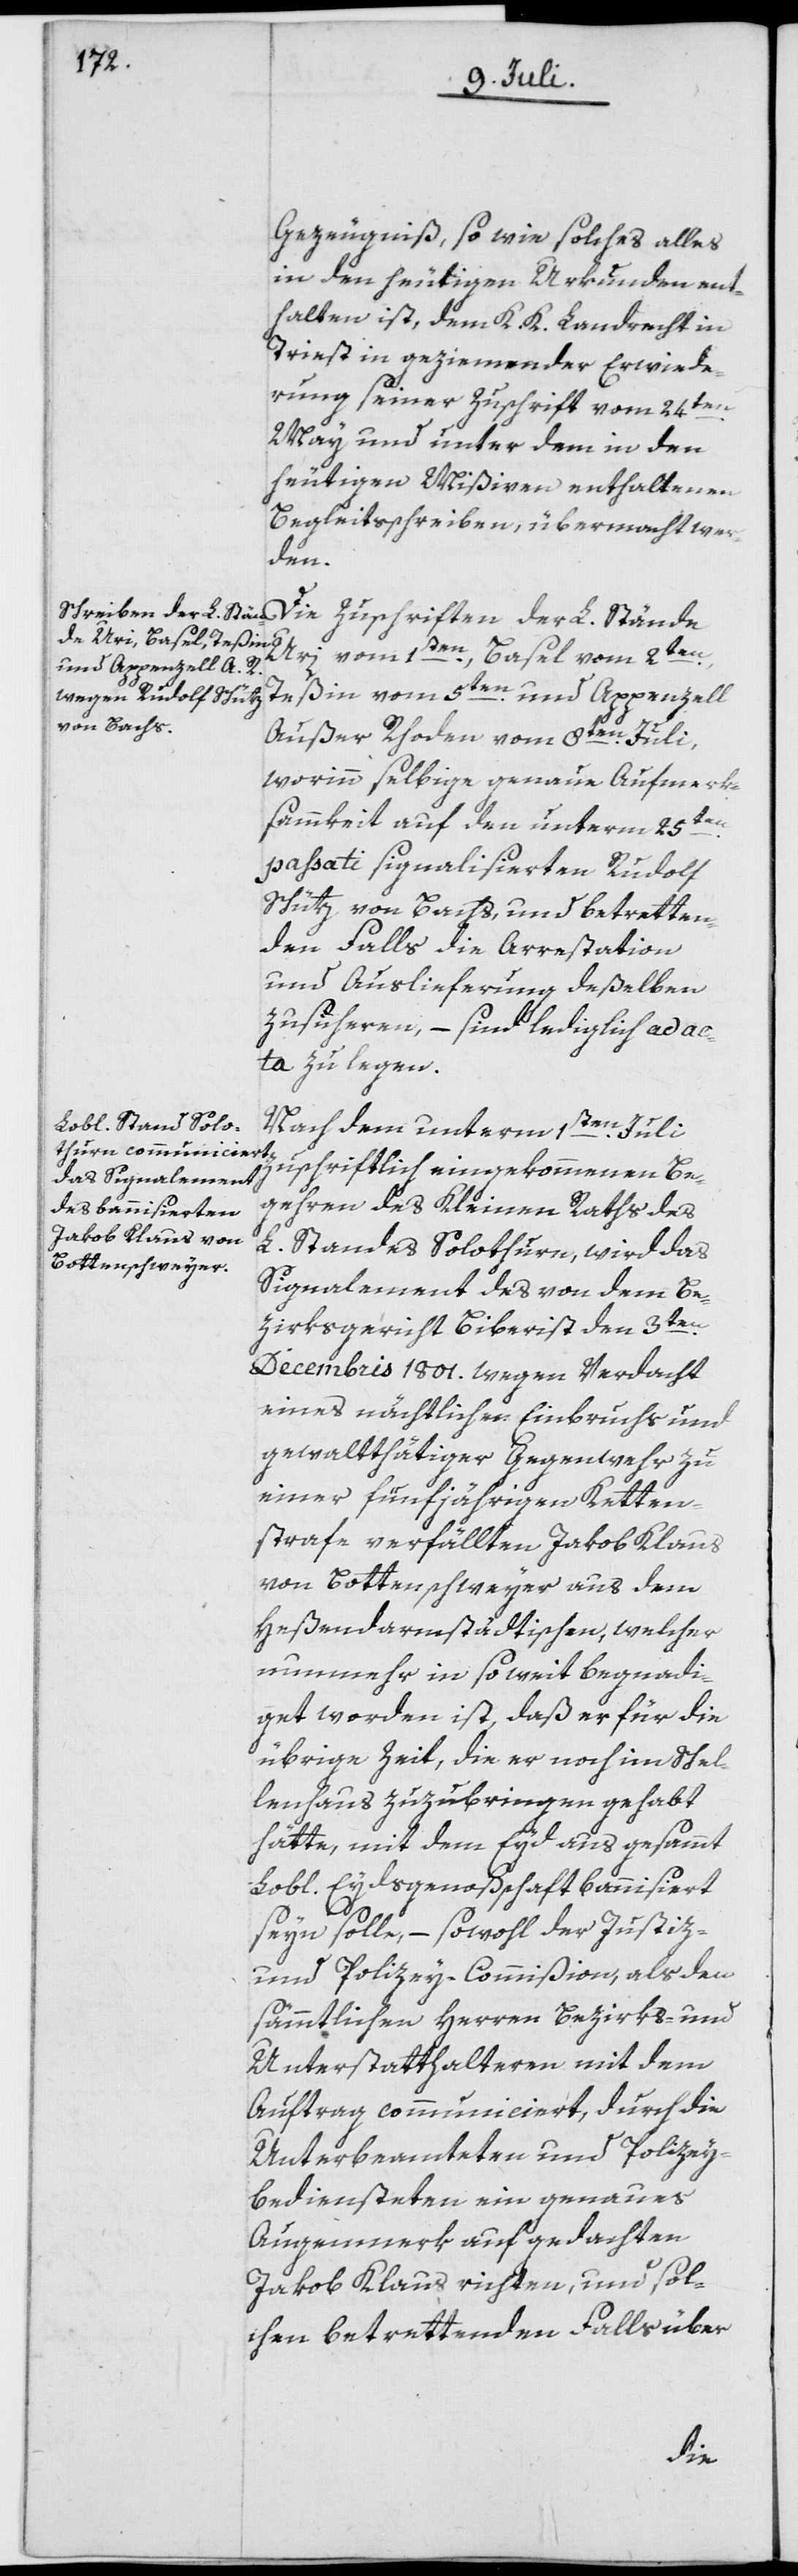
en
Gezeugniß, so wie solches alles
in den heutigen Urkunden ent¬
halten ist, dem K. K. Landrecht in
Triest in geziemender Erwiede¬
rung seiner Zuschrift vom 24ten
May und unter dem in den
heutigen Mißiven enthaltenen
Begleitsschreiben, übermacht wer¬
den.
Die Zuschriften der L. Stände
Uri vom 1ten, Basel vom 2ten,
Teßin vom 5ten und Appenzell
Außer Rhoden vom 8ten Juli,
worinn selbige genaue Aufmerk¬
samkeit auf den unterm 25t¬
passati signalisierten Rudolf
Schütz von Bachs, und betretten¬
den Falls die Arrestation
und Auslieferung deßelben
zusicheren, – sind lediglich ad ac¬
ta zu legen.
Nach dem unterm 1ten Juli
zuschriftlich eingekommenen Be¬
gehren des Kleinen Raths des
L. Standes Solothurn, wird das
Signalement des von dem Be¬
zirksgericht Biberist den 3ten
Decembris 1801. wegen Verdacht
eines nächtlichen Einbruchs und
gewaltthätiger Gegenwehr zu
einer fünfjährigen Ketten¬
strafe verfällten Jakob Klaus
von Bottenschweyer aus dem
Heßendarmstädtischen, welcher
nunmehr in so weit begnadi¬
get worden ist, daß er für die
übrige Zeit, die er noch im Schel¬
lenhaus zuzubringen gehabt
hätte, mit dem Eyd aus gesammt
Lobl. Eydsgenoßschaft bannisiert
seyn solle, – sowohl der Justiz-
und Polizey-Commißion, als den
sämmtlichen Herren Bezirks- und
Unterstatthalteren mit dem
Auftrag communiciert, durch die
Unterbeamteten und Polizey¬
bediensteten ein genaues
Augenmerk auf gedachten
Jakob Klaus richten, und sol¬
chen betrettenden Falls über